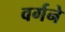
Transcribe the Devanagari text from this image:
वर्गने